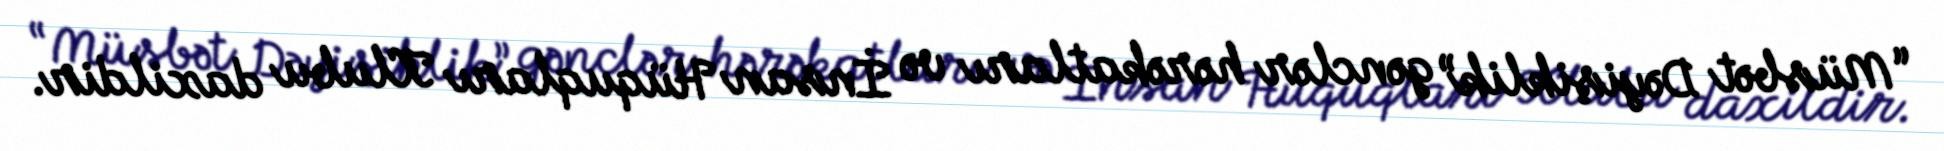
“Müsbət Dəyişiklik” gənclər hərəkatları və İnsan Hüquqları Klubu daxildir.